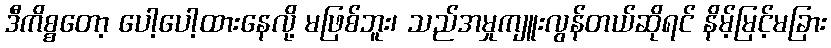
ဒီကိစ္စတော့ ပေါ့ပေါ့ထားနေလို့ မဖြစ်ဘူး၊ သည်အမှုကျူးလွန်တယ်ဆိုရင် နိမ့်မြင့်မခြား